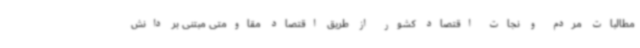
مطالبات مردم و نجات اقتصاد کشور از طریق اقتصاد مقاومتی مبتنی بر دانش